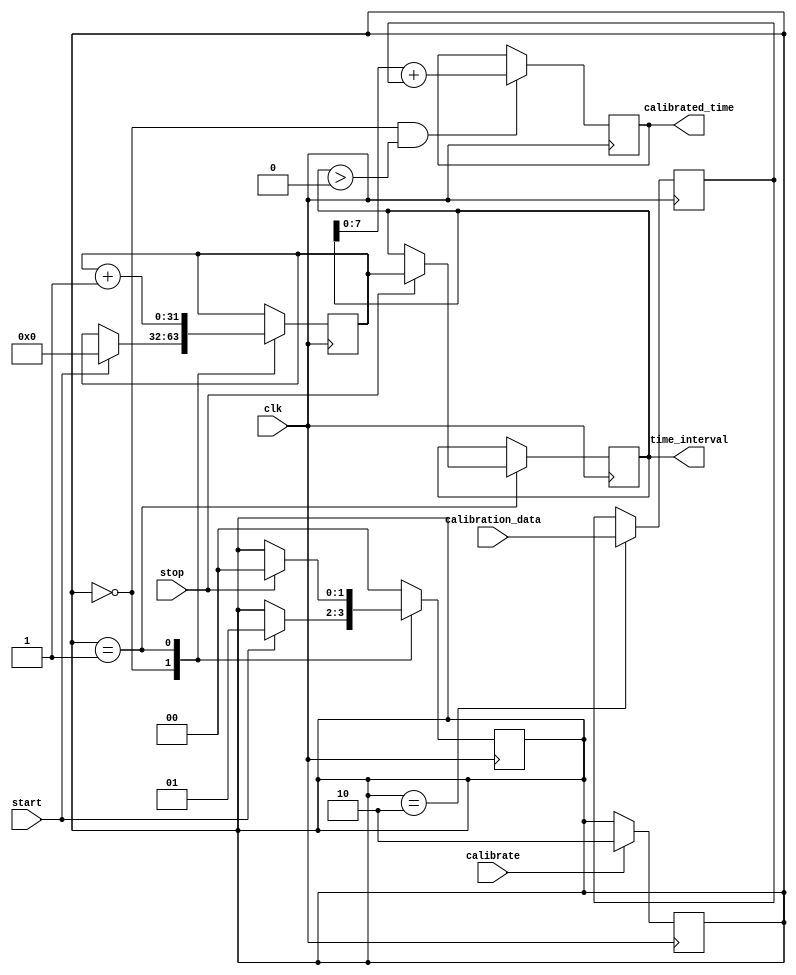
module TDC (
    input wire clk,                     // High-resolution clock
    input wire start,                   // Start signal
    input wire stop,                    // Stop signal
    input wire [7:0] calibration_data,  // Calibration data input
    input wire calibrate,               // Trigger calibration
    output reg [31:0] time_interval,    // Measured time interval output
    output reg [7:0] calibrated_time     // Calibrated time output
);

    // State definitions
    parameter IDLE = 2'b00;
    parameter MEASURING = 2'b01;
    parameter CALIBRATING = 2'b10;

    reg [1:0] state;                    // Current state
    reg [31:0] counter;                 // Counter for clock cycles
    reg [31:0] calibration_offset;      // Calibration offset
    reg [7:0] calibration_coeff;        // Calibration coefficient

    // Memory block for storing calibration coefficients
    reg [7:0] calibration_memory [0:15]; // Example memory size of 16

    // State machine for TDC operation
    always @(posedge clk) begin
        case (state)
            IDLE: begin
                if (start) begin
                    counter <= 0; // Reset counter
                    state <= MEASURING; // Move to measuring state
                end
            end

            MEASURING: begin
                counter <= counter + 1; // Increment counter on each clock cycle
                if (stop) begin
                    time_interval <= counter; // Capture measured interval
                    state <= IDLE; // Go back to idle after measuring
                end
            end
            
            CALIBRATING: begin
                // Implement calibration logic
                calibration_coeff <= calibration_data; // Update coefficient from input
                // Perform calibration logic here...
                state <= IDLE; // Go back to idle after calibration
            end
            
            default: state <= IDLE; // Default case
        endcase
    end

    // Calibration trigger
    always @(posedge clk) begin
        if (calibrate) begin
            state <= CALIBRATING; // Trigger calibration
        end
    end

    // Apply calibration to output
    always @(posedge clk) begin
        if (state == IDLE && time_interval > 0) begin
            calibrated_time <= time_interval + calibration_coeff; // Apply calibration
        end
    end

endmodule